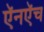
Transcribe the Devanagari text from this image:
ऍनऍच